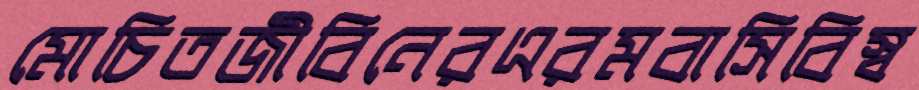
মোচিতজীবিনেরএরমবাসিবিস্ব